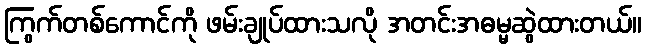
ကြွက်တစ်ကောင်ကို ဖမ်းချုပ်ထားသလို အတင်းအဓမ္မဆွဲထားတယ်။